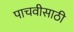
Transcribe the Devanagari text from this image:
पाचवीसाठी